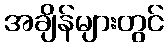
အချိန်များတွင်